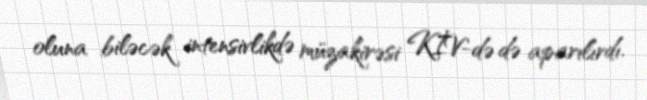
oluna biləcək intensivlikdə müzakirəsi KİV-də də aparılırdı.